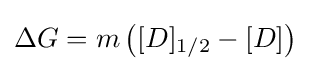
\Delta G=m\left([D]_{1/2}-[D]\right)